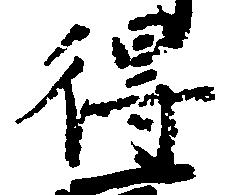
得